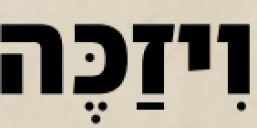
וִיזַכֶּה